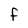
Character: F